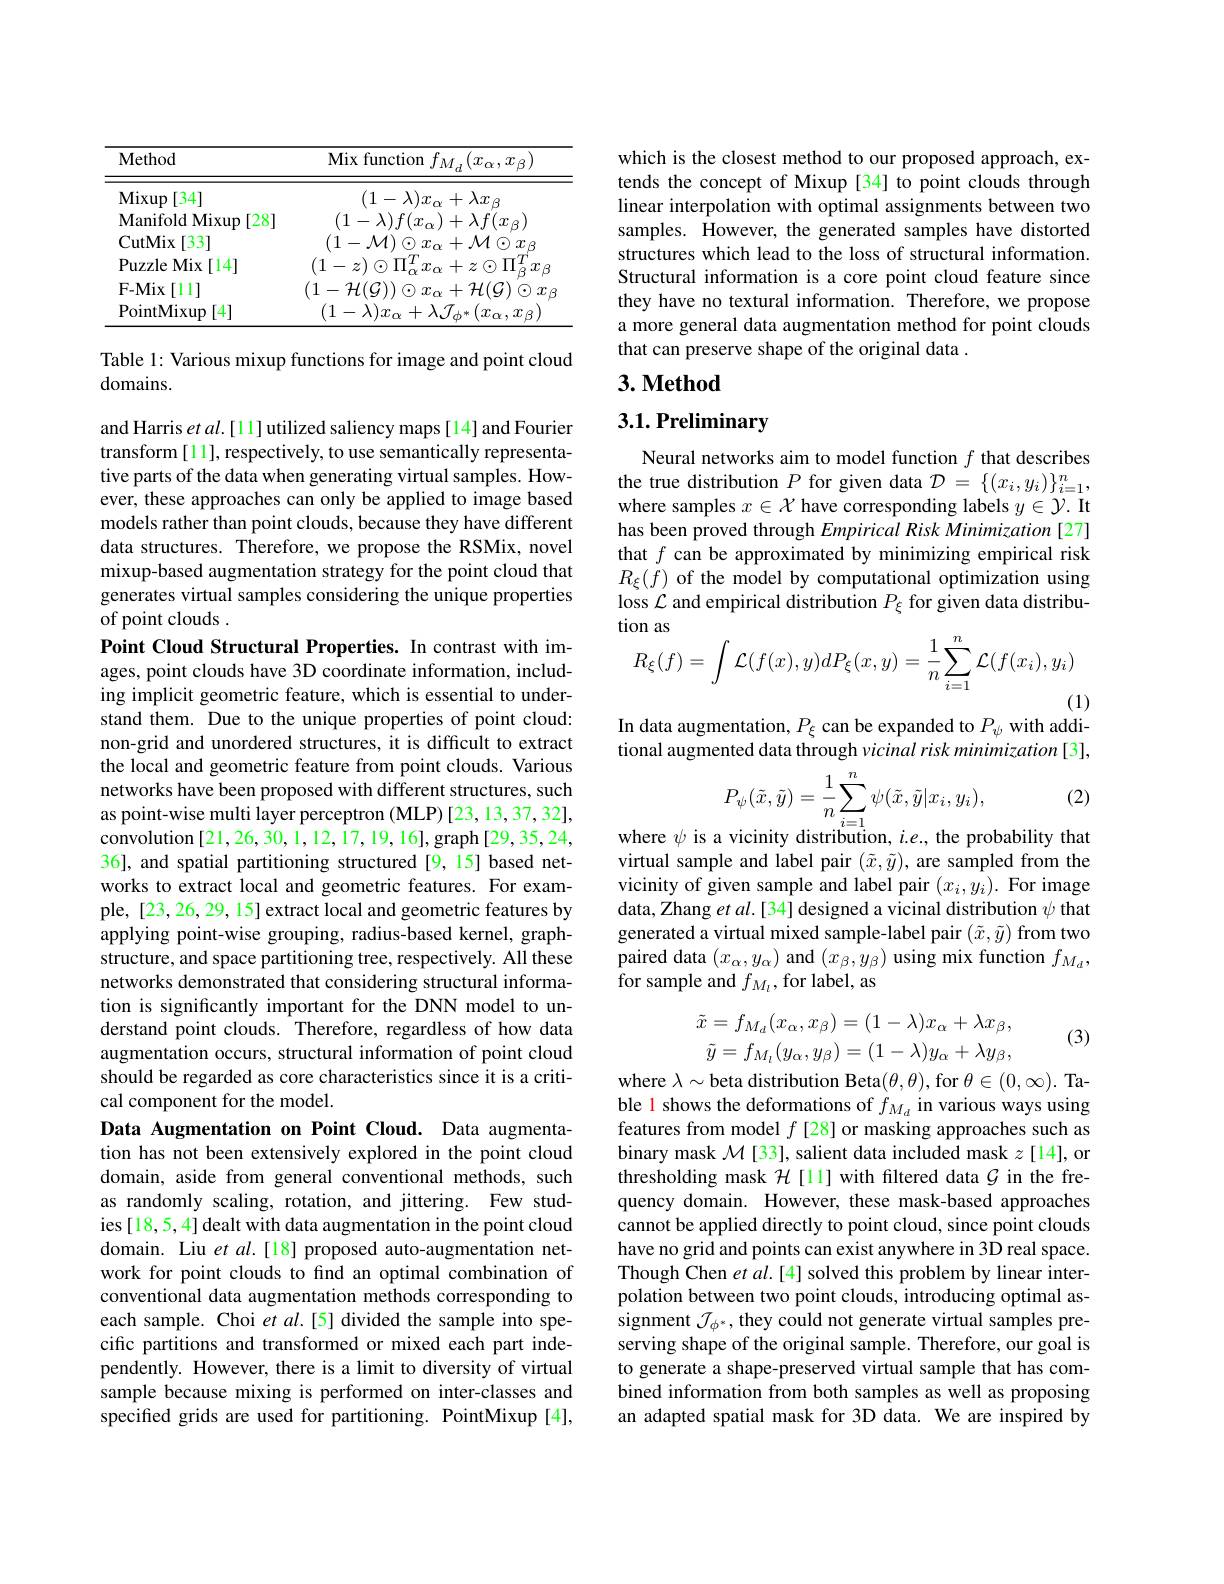
<table>
	<tbody>
		<tr>
			<th>Method</th>
			<th>Mix function $f_{M_{d}}(x_{\alpha},x_{\beta})$</th>
		</tr>
		<tr>
			<td>Mixup [34]</td>
			<td>$(1-\lambda)x_{\alpha}+\lambda x_{\beta}$</td>
		</tr>
		<tr>
			<td>CutMix [33]</td>
			<td>$(1-\mathcal{M})\odot x$ $\alpha+\mathcal{M}\odot x_{\beta}$ $x_{\alpha}$</td>
		</tr>
		<tr>
			<td>PuzzleMix[ 14] </td>
			<td>$(1-z)\odot\Pi_{\mathrm{o}}^{T}$ $i_{(\boldsymbol{O})}$ ${}_{r}+z\odot\Pi_{\rho}^{I}$ $x_{\beta}$</td>
		</tr>
		<tr>
			<td>$\mathbf{F-Mix}$ [11] </td>
			<td>$(1-\mathcal{H}(\mathcal{G}))$ $f$ 41 $+\mathcal{H}(\mathcal{G})\odot x$ $D1$</td>
		</tr>
		<tr>
			<td>PointMixup [4]</td>
			<td>$(1-\lambda)x_{\alpha}+\lambda\mathcal{J}_{\phi^{*}}$ $(x_{\alpha},x_{\beta})$</td>
		</tr>
	</tbody>
</table>

Table 1: Various mixup functions for image and point cloud
domains.

and Harris et $al.[11]$ utilized saliency maps [14] and Fourier transform [11], respectively, to use semantically representative parts of the data when generating virtual samples. However, these approaches can only be applied to image based models rather than point clouds, because they have different data structures. Therefore, we propose the RSMix, novel mixup-based augmentation strategy for the point cloud that generates virtual samples considering the unique properties of point clouds .
Point Cloud Structural Properties. In contrast with images, point clouds have 3D coordinate information, including implicit geometric feature, which is essential to understand them. Due to the unique properties of point cloud: non-grid and unordered structures, it is difficult to extract the local and geometric feature from point clouds. Various networks have been proposed with different structures, such as point-wise multi layer perceptron (MLP) [23,13,37,32], $\hat{\text{convolution[21,26,30,1,12,17,19,16],graph[29,35,24,}}$ 36], and spatial partitioning structured [9,15] based networks to extract local and geometric features. For example, [23,26,29, 15] extract local and geometric features by applying point-wise grouping, radius-based kernel, graphstructure, and space partitioning tree, respectively. All these networks demonstrated that considering structural information is significantly important for the DNN model to understand point clouds. Therefore, regardless of how data augmentation occurs, structural information of point cloud should be regarded as core characteristics since it is a critical component for the model.
Data Augmentation on Point Cloud. Data augmentation has not been extensively explored in the point cloud domain, aside from general conventional methods, such as randomly scaling, rotation, and jittering. Few studies[18,5,4] dealt with data augmentation in the point cloud domain. Liu $et$ al.[18] proposed auto-augmentation network for point clouds to find an optimal combination of conventional data augmentation methods corresponding to each sample. Choi $etal.[5]$ divided the sample into specific partitions and transformed or mixed each part independently. However, there is a limit to diversity of virtual sample because mixing is performed on inter-classes and specified grids are used for partitioning. PointMixup[4],

which is the closest method to our proposed approach, extends the concept of Mixup[34] to point clouds through linear interpolation with optimal assignments between two samples. $\hat{\text{However, the generated samples have distorted}}$ structures which lead to the loss of structural information. Structural information is a core point cloud feature since they have no textural information. Therefore, we propose a more general data augmentation method for point clouds that can preserve shape of the original data .

## $3. \textbf{Method}$

# 3.1. Preliminary

Neural networks aim to model function $f$ that describes $\begin{array}{l}{\text{the true distribution }P\text{ for given data }\mathcal{D}=\{(x_{i},y_{i})\}_{i=1}^{n},}\\{\text{where samples }x\in\mathcal{X}\text{ have corresponding labels }y\in\mathcal{Y}.\text{ It}}\end{array}$ has been proved through Empirical Risk Minimization [27] that $f$ can be approximated by minimizing empirical risk $R_{\xi}(f)$ of the model by computational optimization using loss $\mathcal{L}$ and empirical distribution $P_\xi$ for given data distribution as
$$\begin{aligned}&\text{lon as}\\&R_{\xi}(f)=\int\mathcal{L}(f(x),y)dP_{\xi}(x,y)=\frac{1}{n}\sum_{i=1}^{n}\mathcal{L}(f(x_{i}),y_{i})\end{aligned}$$
(1)

In data augmentation, $P_\xi$ can be expanded to $P_\psi$ with addi-

tional augmented data through vicinal risk minimization[3],

(2)
$$P_{\psi}(\tilde{x},\tilde{y})=\frac{1}{n}\sum_{i=1}^{n}\psi(\tilde{x},\tilde{y}|x_{i},y_{i}),$$
where $\psi$ is a vicinity distribution, $i.e.$, the probability that virtual sample and label pair $(\tilde{x},\tilde{y})$, are sampled from the vicinity of given sample and label pair $(x_i,y_i).$ For image data, Zhang $etal.[34]$ designed a vicinal distribution $\psi$ that generated a virtual mixed sample-label pair $(\tilde{x},\tilde{y})$ from two paired data $(x_\alpha,y_\alpha)$ and $(x_\beta,y_\beta)$ using mix function $f_M_d$, for sample and $f_{M_{l}}$,for label, as
$$\tilde{x}=f_{M_{d}}(x_{\alpha},x_{\beta})=(1-\lambda)x_{\alpha}+\lambda x_{\beta},\\\tilde{y}=f_{M_{l}}(y_{\alpha},y_{\beta})=(1-\lambda)y_{\alpha}+\lambda y_{\beta},$$
(3)

where $\lambda\sim$beta distribution Beta$(\theta,\theta)$,for $\theta\in(0,\infty).$ Table 1 shows the deformations of $f_{M_d}$ in various ways using features from model $f$ [28] or masking approaches such as binary mask $\mathcal{M}[33]$, salient data included mask $z[14]$, or thresholding mask $\mathcal{H}$ [11] with filtered data $\mathcal{G}$ in the frequency domain. However, these mask-based approaches cannot be applied directly to point cloud, since point clouds have no grid and points can exist anywhere in 3D real space. Though Chen et al.[4] solved this problem by linear interpolation between two point clouds, introducing optimal assignment $\mathcal{J}_\phi^*$, they could not generate virtual samples preserving shape of the original sample. Therefore, our goal is to generate a shape-preserved virtual sample that has combined information from both samples as well as proposing an adapted spatial mask for 3D data. We are inspired by